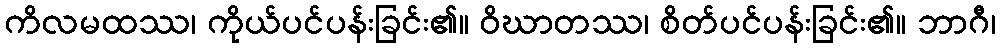
ကိလမထဿ၊ ကိုယ်ပင်ပန်းခြင်း၏။ ဝိဃာတဿ၊ စိတ်ပင်ပန်းခြင်း၏။ ဘာဂီ၊